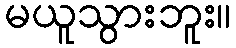
မယူသွားဘူး။